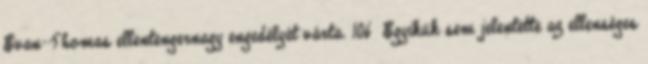
Evan-Thomas ellentengernagy engedélyét várta. 106 Egyikük sem jelentette az ellenséges